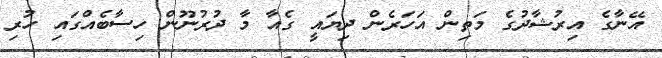
އޭނާގެ އިރުޝާދުގެ މަތިން އަހަރެން ދިޔައީ ގެއާ މާ ދުރުނޫން ހިސާބެއްގައި ހުރި